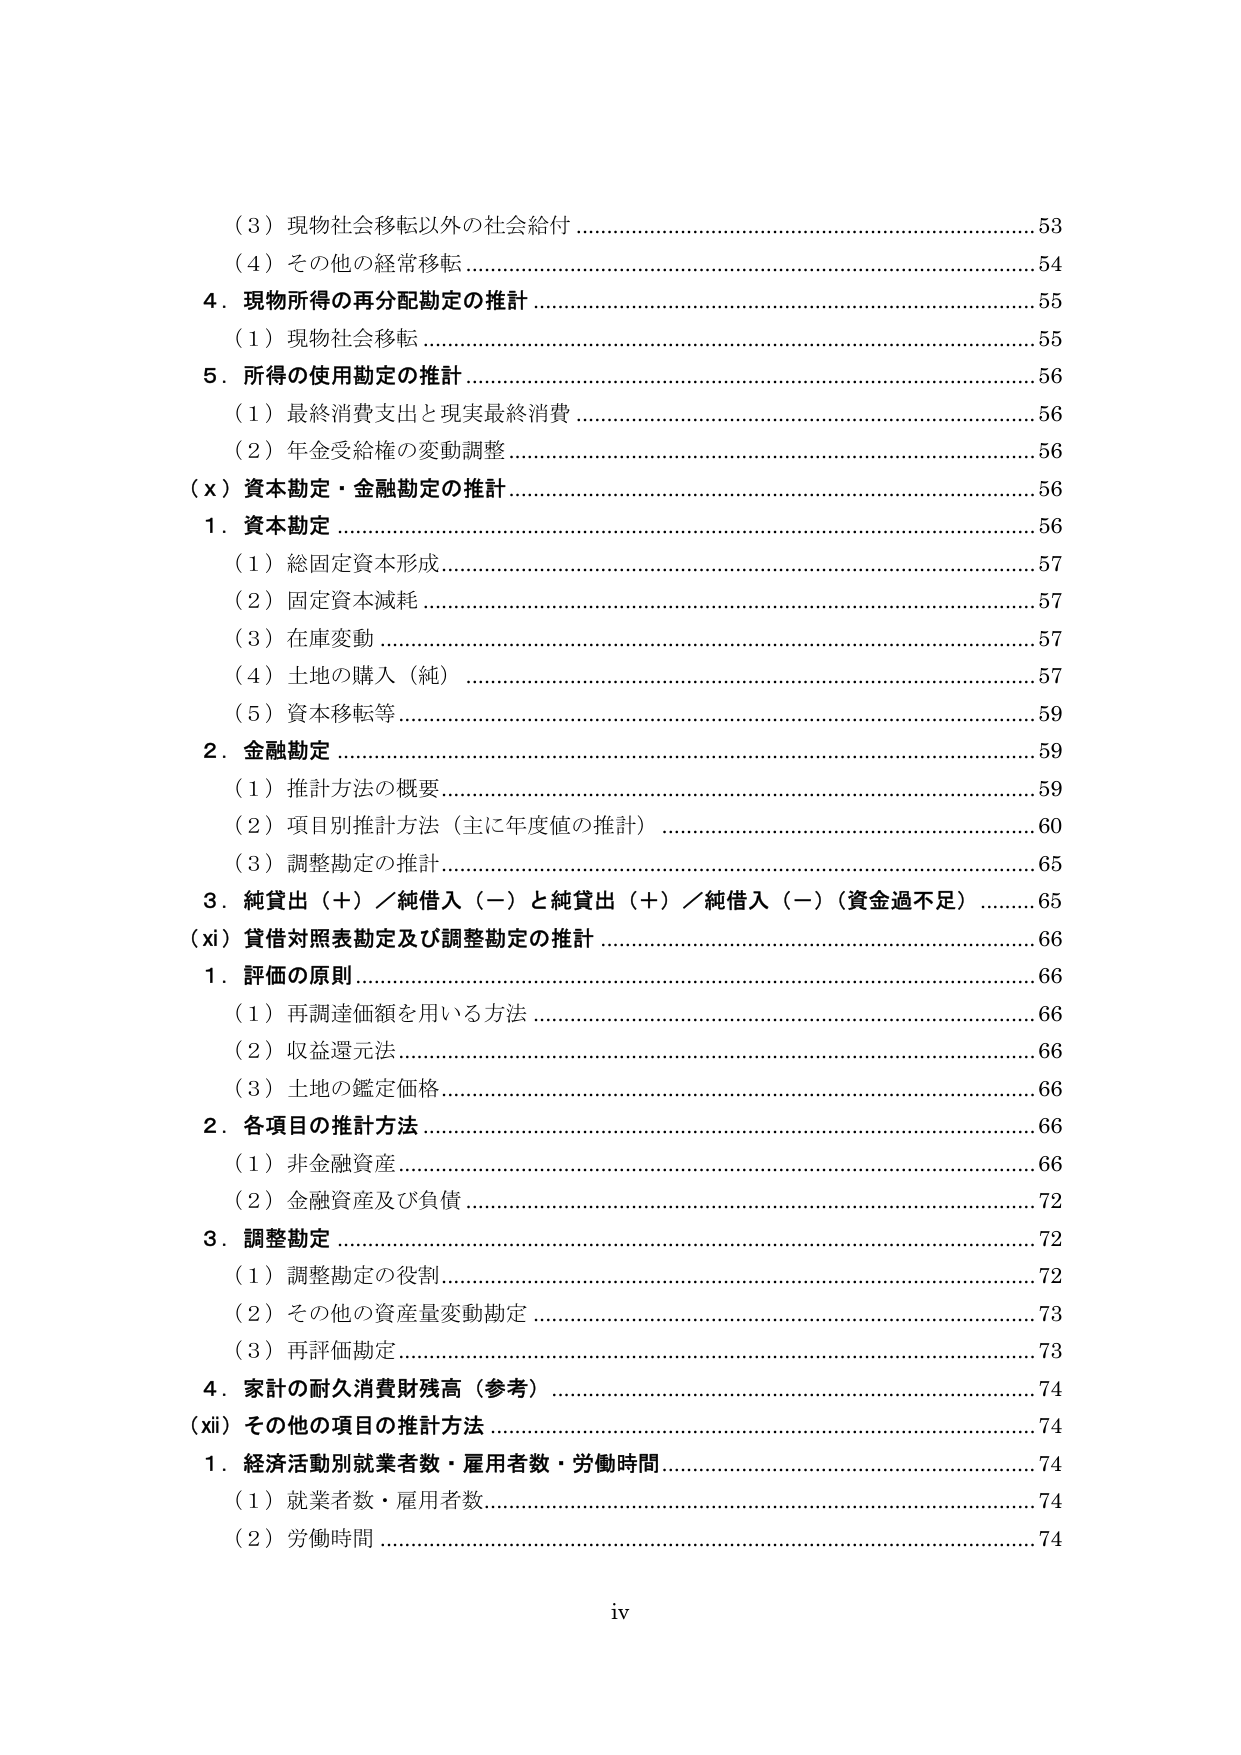
（３）現物社会移転以外の社会給付 ……………………………………………………………… 53
（４）その他の経常移転 ………………………………………………………………………… 54
４．現物所得の再分配勘定の推計 ……………………………………………………………… 55
　（１）現物社会移転 …………………………………………………………………………… 55
５．所得の使用勘定の推計 …………………………………………………………………… 56
　（１）最終消費支出と現実最終消費 ………………………………………………………… 56
　（２）年金受給権の変動調整 ………………………………………………………………… 56
（ｘ）資本勘定・金融勘定の推計 ……………………………………………………………… 56
　１．資本勘定 …………………………………………………………………………………… 56
　　（１）総固定資本形成 ……………………………………………………………………… 57
　　（２）固定資本減耗 ………………………………………………………………………… 57
　　（３）在庫変動 ……………………………………………………………………………… 57
　　（４）土地の購入（純） …………………………………………………………………… 57
　　（５）資本移転等 …………………………………………………………………………… 59
　２．金融勘定 …………………………………………………………………………………… 59
　　（１）推計方法の概要 ……………………………………………………………………… 59
　　（２）項目別推計方法（主に年度値の推計） …………………………………………… 60
　　（３）調整勘定の推計 ……………………………………………………………………… 65
　３．純貸出（＋）／純借入（－）と純貸出（＋）／純借入（－）（資金過不足） ……… 65
（xi）貸借対照表勘定及び調整勘定の推計 …………………………………………………… 66
　１．評価の原則 ………………………………………………………………………………… 66
　　（１）再調達価額を用いる方法 …………………………………………………………… 66
　　（２）収益還元法 …………………………………………………………………………… 66
　　（３）土地の鑑定価格 ……………………………………………………………………… 66
　２．各項目の推計方法 ………………………………………………………………………… 66
　　（１）非金融資産 …………………………………………………………………………… 66
　　（２）金融資産及び負債 …………………………………………………………………… 72
　３．調整勘定 …………………………………………………………………………………… 72
　　（１）調整勘定の役割 ……………………………………………………………………… 72
　　（２）その他の資産量変動勘定 …………………………………………………………… 73
　　（３）再評価勘定 …………………………………………………………………………… 73
　４．家計の耐久消費財残高（参考） ………………………………………………………… 74
（xii）その他の項目の推計方法 ……………………………………………………………… 74
　１．経済活動別就業者数・雇用者数・労働時間 …………………………………………… 74
　　（１）就業者数・雇用者数 ………………………………………………………………… 74
　　（２）労働時間 ……………………………………………………………………………… 74
iv